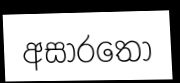
අසාරතෝ